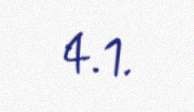
4.1.